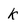
Character: k